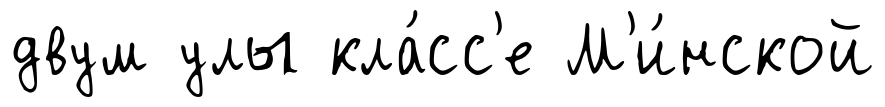
двум улы кла́сс'е М'и́нской